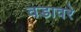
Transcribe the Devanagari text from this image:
वडावरे